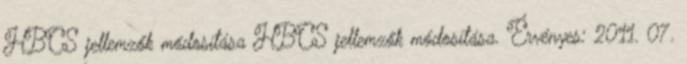
HBCS jellemzők módosítása HBCS jellemzők módosítása. Érvényes: 2011. 07.